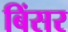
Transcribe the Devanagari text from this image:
बिंसर